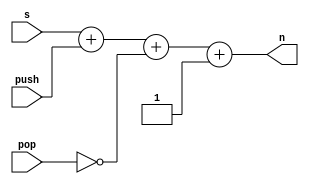
module stack_pointer
(
  input [2:0] s,
  input push,
  input pop,
  output [2:0] n
);

  assign n = s + {2'b00, push} + ~{2'b00, pop} + {3'b001};

endmodule